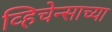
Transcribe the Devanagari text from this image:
व्हिचेन्साच्या